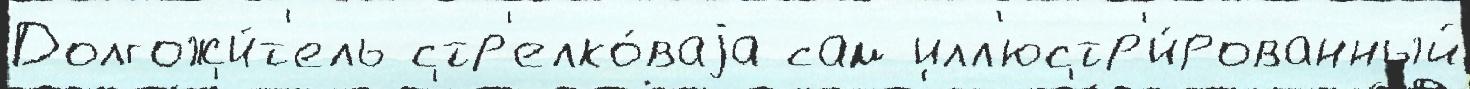
Долгожи́т'ель стр'елко́ваjа сам илл'юстр'и́рованный